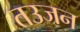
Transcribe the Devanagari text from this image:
तउजन